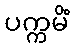
ပက္ကမိံ